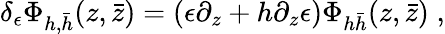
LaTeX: \delta_{\epsilon}\Phi_{h,\bar{h}}(z,\bar{z})=\left(\epsilon\partial_{z}+h\partial_{z}\epsilon\right)\Phi_{h\bar{h}}(z,\bar{z})\; ,